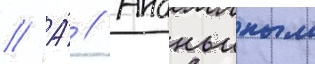
// А́ // Ананьиным